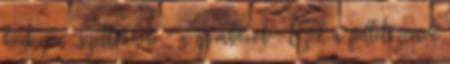
könnyen „szétlökheti ” a gombócot . Ezek a pelletszemek